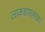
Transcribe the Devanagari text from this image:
लाकडासारख्या